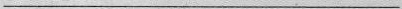
___